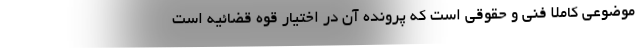
موضوعی کاملاً فنی و حقوقی است که پرونده آن در اختیار قوه قضائیه است